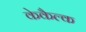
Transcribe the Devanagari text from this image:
केकैल्क